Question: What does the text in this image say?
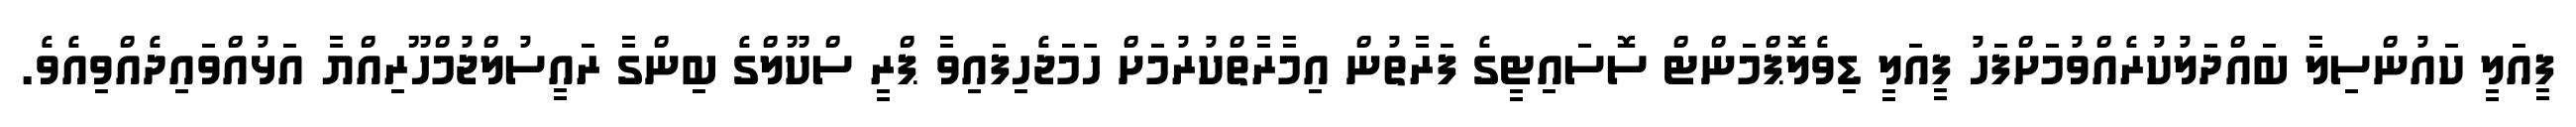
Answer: ފީއަލީ ކައުންސިލާ ބައްދަލުކުރެއްވުމަށްފަހު ފީއަލީ ޑިވެލޮޕްމަންޓް ސޮސައިޓީގެ ފަރާތުން އިމާރާތްކުރުމަށް ހަމަޖެހިފައިވާ ޕްރީ ސްކޫލްގެ ބިންގާ ރައީސުލްޖުމްހޫރިއްޔާ އަޅުއްވައިދެއްވިއެވެ.